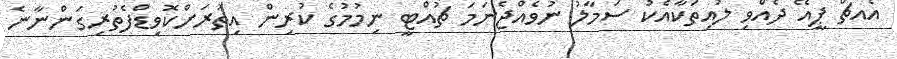
އެއޗް ޕީއޭ ދެއްވި ލުއިތަކާއެކު ސަމާލު ނުވެއްޖެނަމަ ޗުއްޓީ ނިމުމުގެ ކުރިން އިތުރަށްކޮވިޑްފެތުރިގަންނާނެ